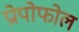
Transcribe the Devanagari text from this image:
प्रोपोफोल